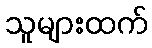
သူများထက်